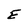
Character: E